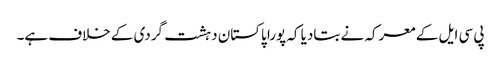
پی سی ایل کے معرکہ نے بتادیا کہ پورا پاکستان دہشت گردی کے خلاف ہے۔